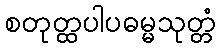
စတုတ္ထပါပဓမ္မသုတ္တံ